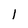
Character: l